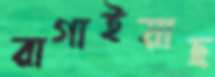
রাগাইয়াছ